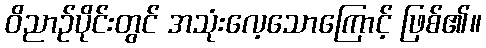
ဝိညာဉ်ပိုင်းတွင် အသုံးလေ့သောကြောင့် ဖြစ်၏။